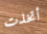
أتخذت